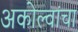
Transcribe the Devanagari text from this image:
अकोल्वांचा